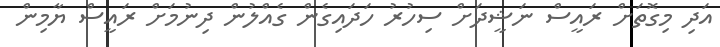
އަދި މިގޮތަށް ރައީސް ނަޝީދަށް ސިހުރު ހަދައިގެން ގެއްލުން ދިނުމަށް ރައީސް ޔާމިން